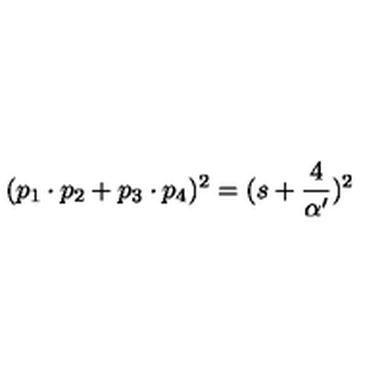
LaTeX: ( p _ { 1 } \cdot p _ { 2 } + p _ { 3 } \cdot p _ { 4 } ) ^ { 2 } = ( s + \frac { 4 } { \alpha ^ { \prime } } ) ^ { 2 }